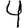
Digit: 4